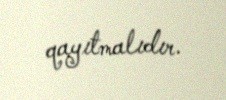
qayıtmalıdır.